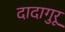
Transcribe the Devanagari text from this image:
दादागुरू